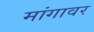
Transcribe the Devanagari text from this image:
मांगावर